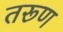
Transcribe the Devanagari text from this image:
तरूण